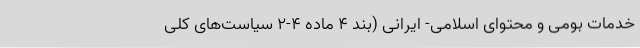
خدمات بومی و محتوای اسلامی- ایرانی (بند ۴ ماده ۴-۲ سیاست‌های کلی